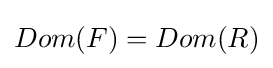
Dom(F)=Dom(R)